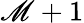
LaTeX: \mathscr{M}+1